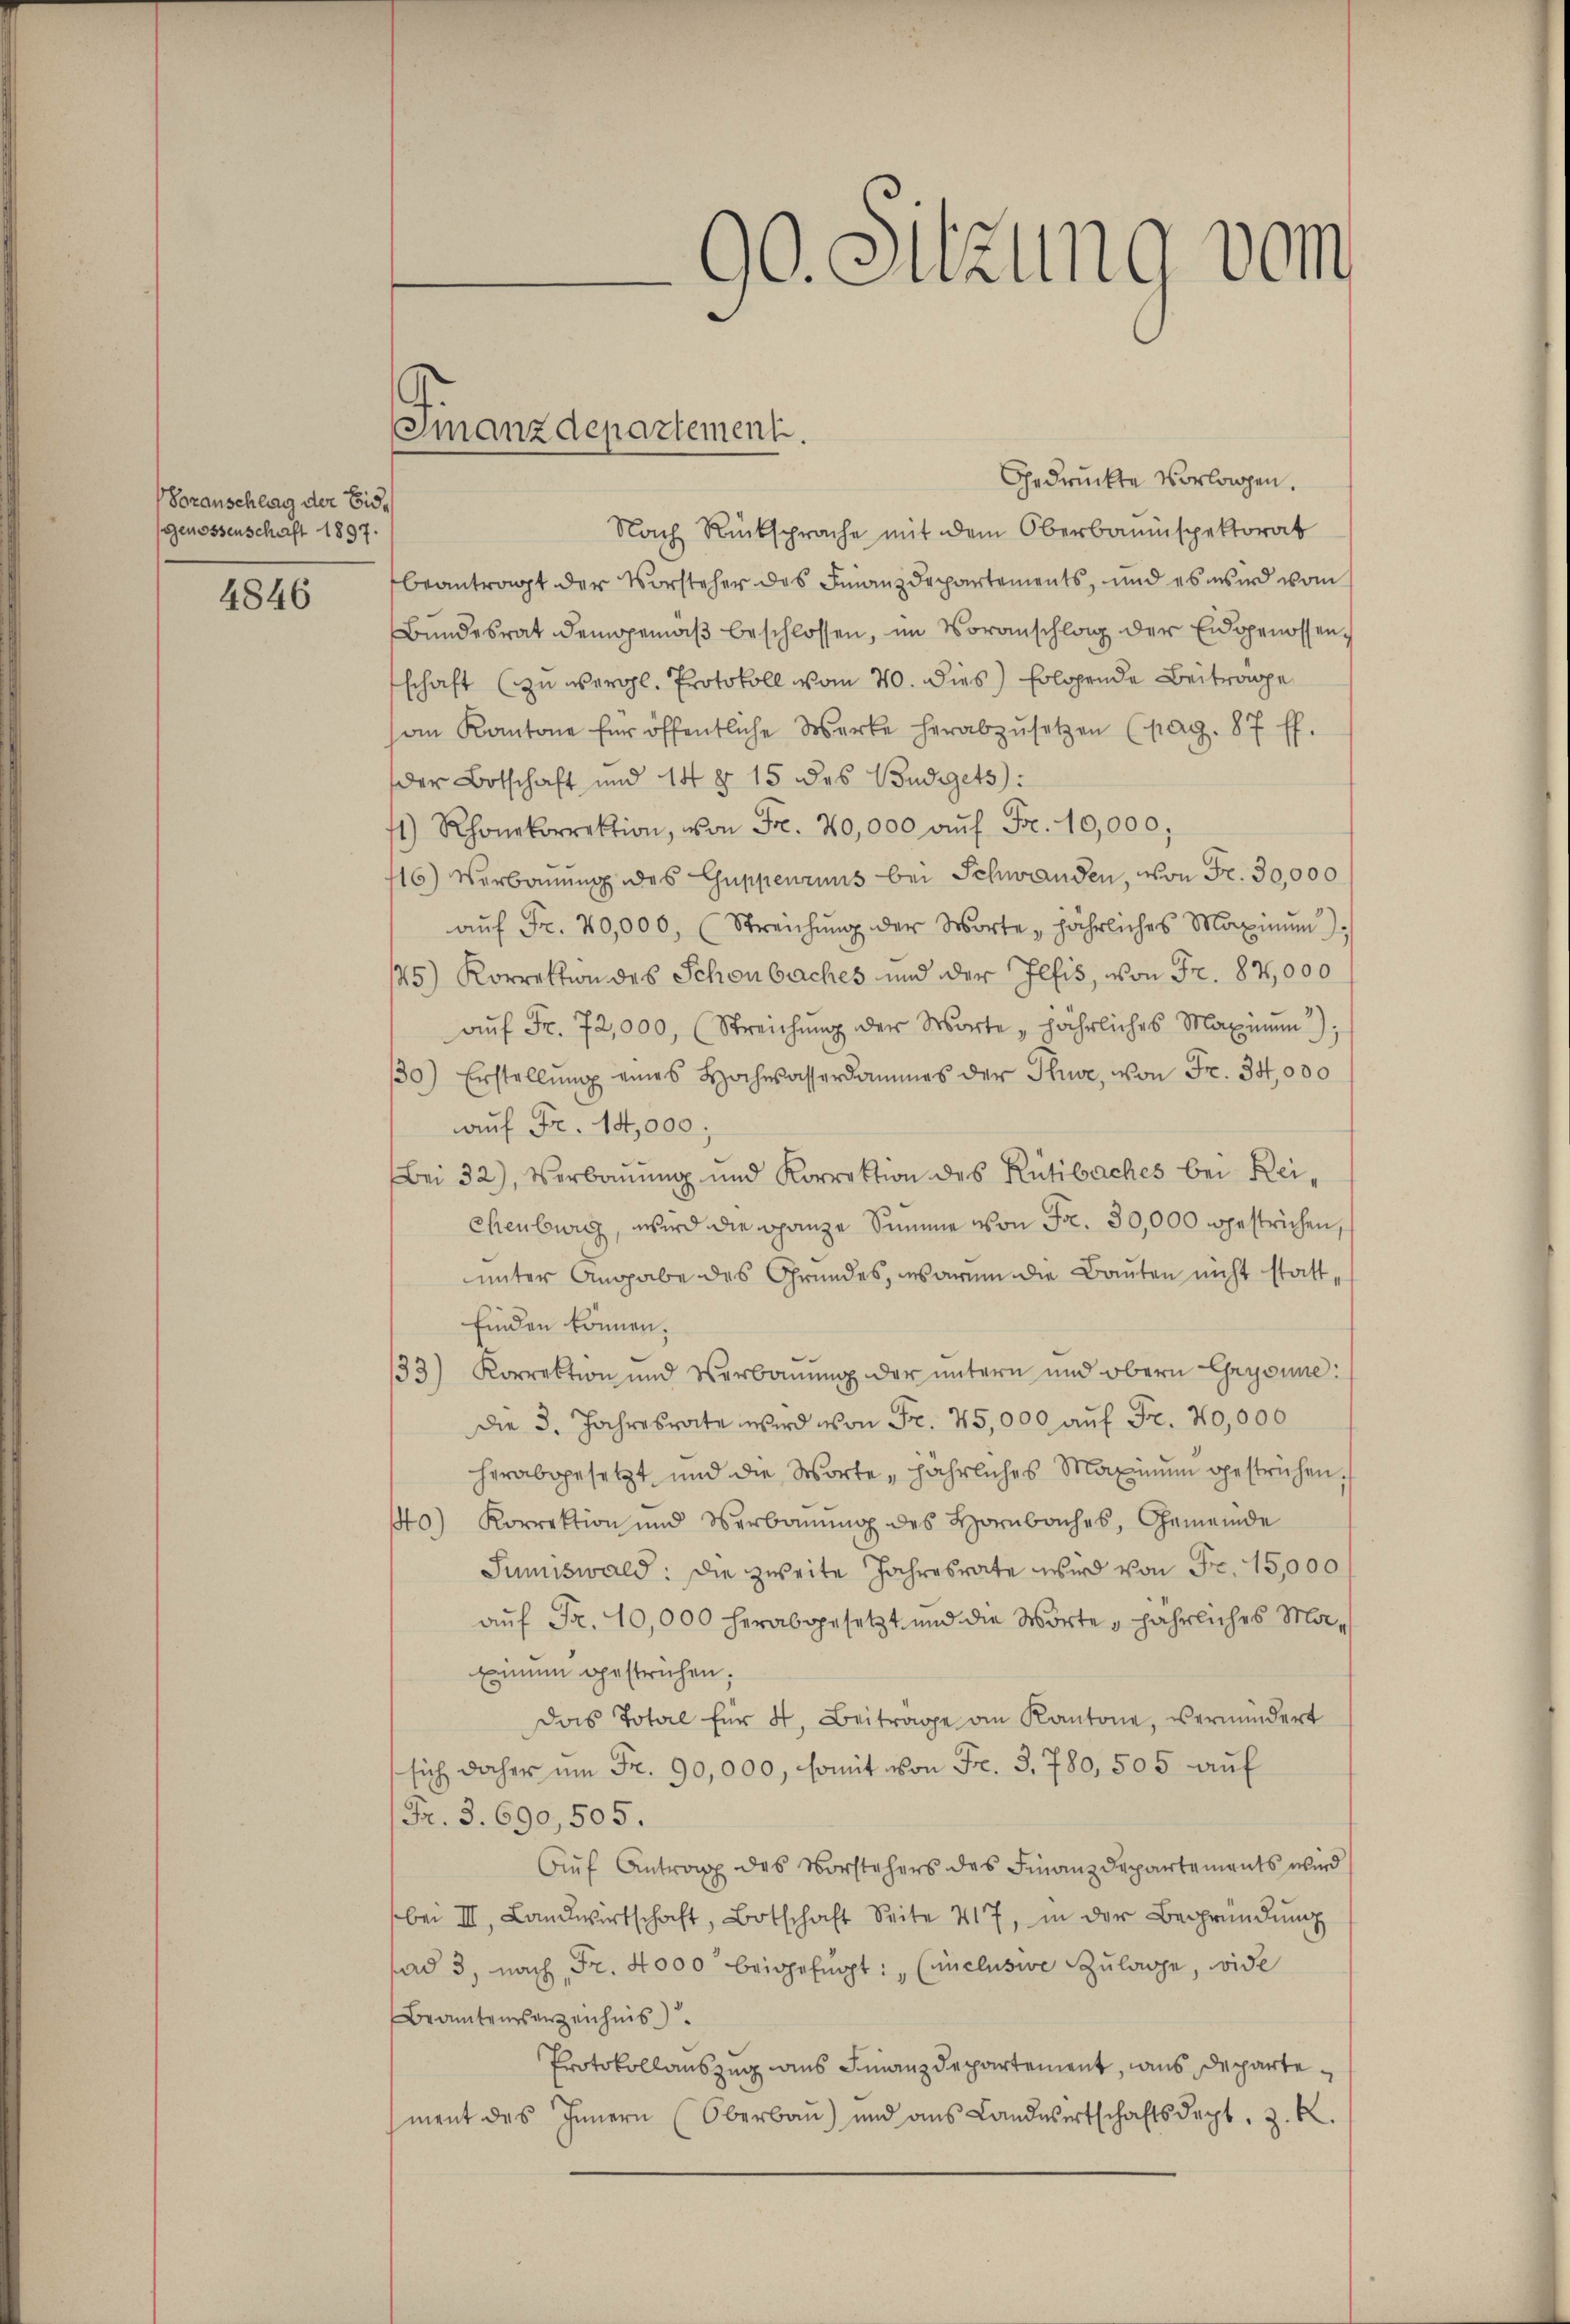
Voranschlag der Eid¬
Genossenschaft 1897.

4846

Gedruckte Vorlagen.
Nach Rücksprache mit dem Oberbauinspektorat
beantragt der Vorsteher des Finanzdepartements, und es wird vom
Bundesrat demgemäβ beschlossen, im Voranschlag der Eidgenossen,
schaft (zu vergl. Protokoll vom 20. dies Erlösende Beitrage
on Kantone für öffentliche Werke herabzŭsetzen (pag. 87 ff.
der Botschaft und 14 § 15 des Budgets:
71) Rhonekorrektion, von Fr. 40,000 aŭf Fr. 10,000;
16) Verbauung des Guppenruns bei Schwanden, von Fr. 30,000
aŭf Fr. 40,000, (Streichung der Worte „jährliches Maximum
145) Korrektion des Schönbaches und der Illis, von Fr. 87,000
aŭf Fr. 72,000, Streichung der Worte, jährliches Maximŭm);
30) Erstellŭng eines Hochwasserdammes der Pluve, von Fr. 34,000
auf Fr. 14,000.
Bei 32), Verbauung und Korrektion des Rütibaches bei Rei
chenburg, wird die ganze Summe von Fr. 30,000 gestrichen,
unter Angabe des Grundes, warum die Bauten nicht statt,
finden können.
33) Korrektion und Verbauung der untern und obern Gryonne:
die 3. Jahresrate wird von Fr. 45,000 auf Fr. 40,000
herabgesetzt und die Worte, jährliches Maximum gestrichen.
0) Korrektion und Verbauung des Hornbaches, Gemeinde
Sumiswald: Die zweite Jahresrate wird von Fr. 15,000
auf Fr. 10,000 herabgesetzt und die Wörte, jährliches Mor¬
Eimum gestrichen.
Das Total für 4. Beitrage an Kantone, vermindert
sich daher um Fr. 90,000, somit von Fr. 3, 780, 505 auf
Fr. 3. 690,505.
Aŭf Antrag des Vorstehers des Finanzdepartements wird
bei III. Landwirtschaft, Botschaft Seite 417, in der Begründung
fad 3, nach Fr. 4000 beigefügt: „Cinclusive Zulage, wide
Beamtenverzeichnis
Protokollauszug aus Finanzdepartement, aus Departement des Innern (Oberbaŭ) und ans Landwertschaftsdept, z. B.

Finanzdepartement.

90. Sitzung vom